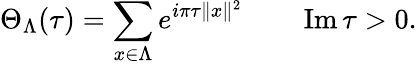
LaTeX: \Theta_{\Lambda}(\tau)=\sum_{x\in\Lambda}e^{i\pi\tau\| x\| ^{2}}\qquad\operatorname{Im}\tau>0.